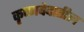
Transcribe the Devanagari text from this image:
कृष्णवेदातील